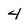
Character: 4